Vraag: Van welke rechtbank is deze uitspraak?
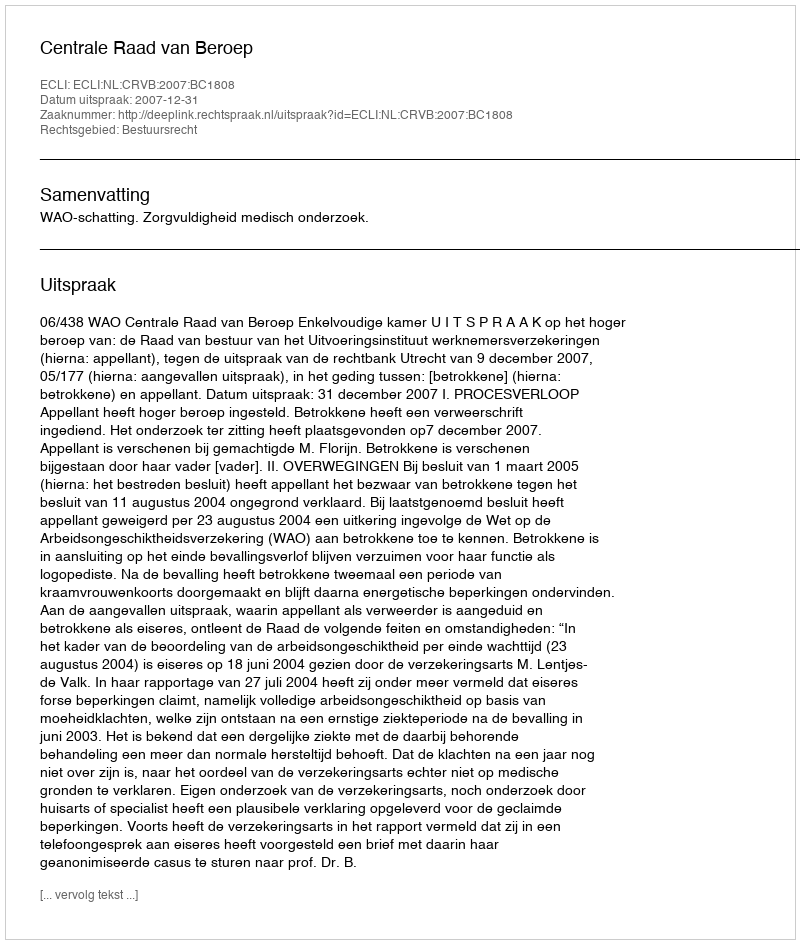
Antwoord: Centrale Raad van Beroep